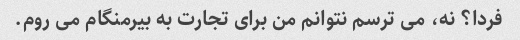
فردا؟ نه، می ترسم نتوانم من برای تجارت به بیرمنگام می روم.